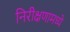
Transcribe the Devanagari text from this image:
निरीक्षणामध्ये